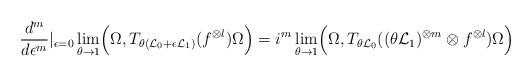
LaTeX: \begin{align*}\frac{d^m}{d\epsilon^m}\vert_{\epsilon =0}\lim_{\theta\to 1}\Bigl(\Omega,T_{\theta ({\cal L}_0+\epsilon {\cal L}_1)}(f^{\otimes l})\Omega\Bigr)=i^m\lim_{\theta\to 1}\Bigl(\Omega,T_{\theta {\cal L}_0}((\theta {\cal L}_1)^{\otimes m}\otimes f^{\otimes l})\Omega\Bigr)\end{align*}